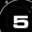
Digit: 5